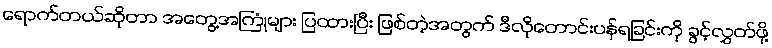
ရောက်တယ်ဆိုတာ အတွေ့အကြုံများ ပြထားပြီး ဖြစ်တဲ့အတွက် ဒီလိုတောင်းပန်ရခြင်းကို ခွင့်လွှတ်ဖို့